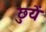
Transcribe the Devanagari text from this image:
छुयें